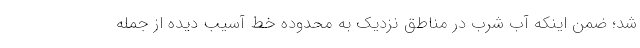
شد؛ ضمن اینکه آب شرب در مناطق نزدیک به محدوده خط آسیب دیده از جمله